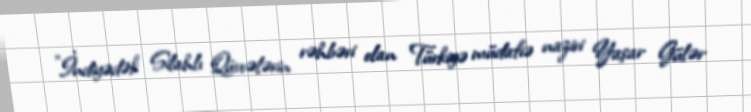
"İndiyədək Silahlı Qüvvələrin rəhbəri olan Türkiyə müdafiə naziri Yaşar Gülər